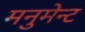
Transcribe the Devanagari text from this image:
मनुमेन्ट